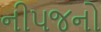
નીપજનો